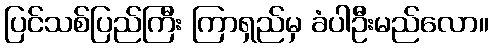
ပြင်သစ်ပြည်ကြီး ကြာရှည်မှ ခံပါဦးမည်လော။